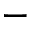
-